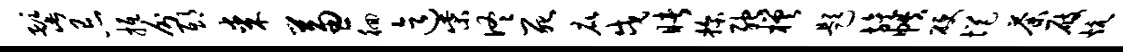
髭忌抵分邸某兼徊迄柴佟死庇戍睹探弛槎题旌帙硬悒荼屐炕